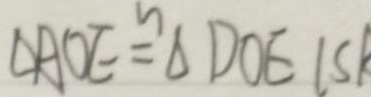
\Delta A O E \cong \Delta D O E ( S R